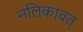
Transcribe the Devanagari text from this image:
नलिकावत्‌